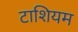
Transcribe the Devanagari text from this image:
टाशियम